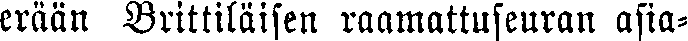
erään Brittiläisen raamattuseuran asia-